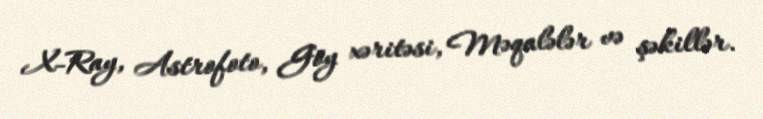
X-Ray, Astrofoto, Göy xəritəsi, Məqalələr və şəkillər.